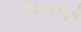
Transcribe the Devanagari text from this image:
खानांची